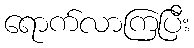
ရောက်လာကြပြီး